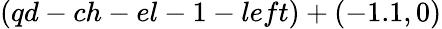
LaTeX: (qd-ch-el-1-left)+(-1.1,0)